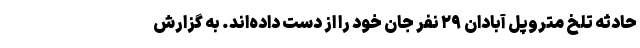
حادثه تلخ متروپل آبادان ۲۹ نفر جان خود را از دست داده‌اند. به گزارش